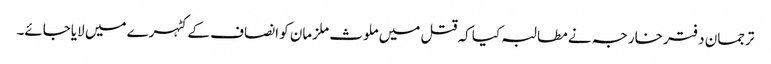
ترجمان دفتر خارجہ نے مطالبہ کیا کہ قتل میں ملوث ملزمان کو انصاف کے کٹہرے میں لایاجائے۔